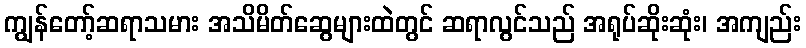
ကျွန်တော့်ဆရာသမား အသိမိတ်ဆွေများထဲတွင် ဆရာလွင်သည် အရုပ်ဆိုးဆုံး၊ အကျည်း